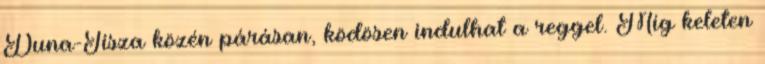
Duna-Tisza közén párásan, ködösen indulhat a reggel. Míg keleten